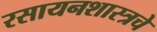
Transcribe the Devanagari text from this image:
रसायनशास्त्रचे